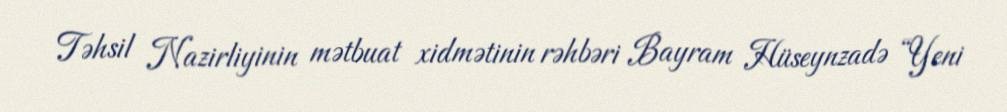
Təhsil Nazirliyinin mətbuat xidmətinin rəhbəri Bayram Hüseynzadə “Yeni